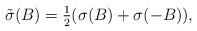
LaTeX: \begin{align*}\tilde\sigma(B) = \textstyle{\frac12}(\sigma(B)+\sigma(-B)), \end{align*}